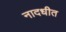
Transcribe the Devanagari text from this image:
नादधीत